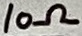
Text: 10Ω